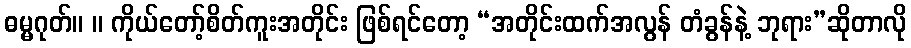
ဓမ္မဂုတ်။ ။ ကိုယ်တော့်စိတ်ကူးအတိုင်း ဖြစ်ရင်တော့ “အတိုင်းထက်အလွန် တံခွန်နဲ့ ဘုရား”ဆိုတာလို